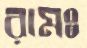
রামঃ